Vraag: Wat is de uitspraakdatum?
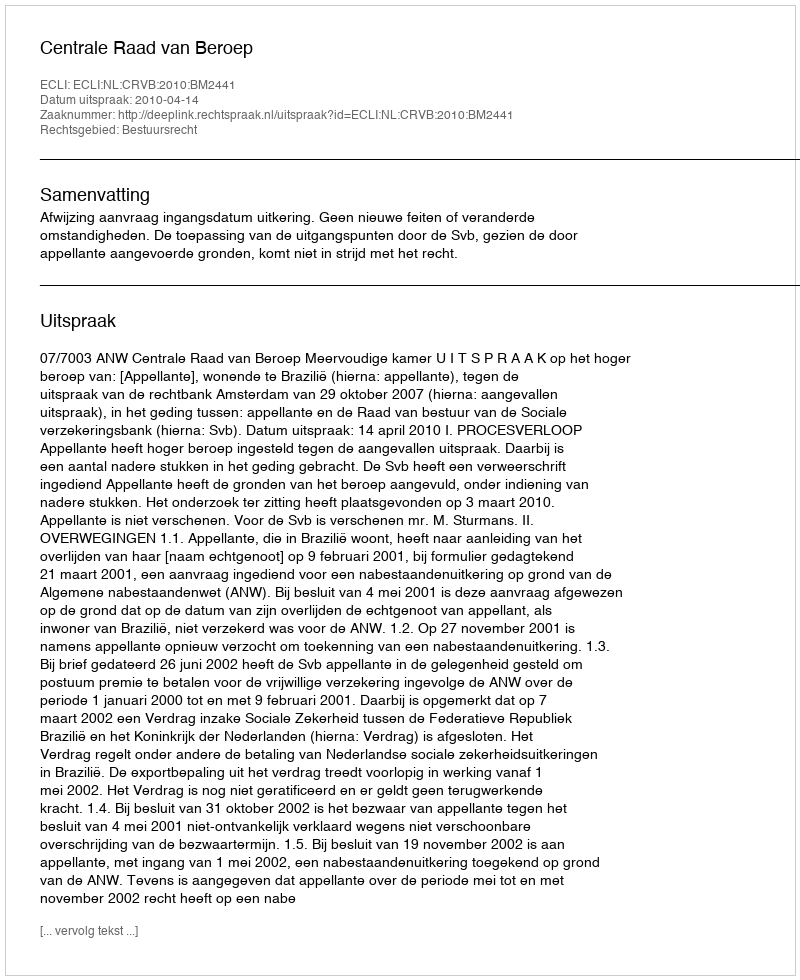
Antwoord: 2010-04-14